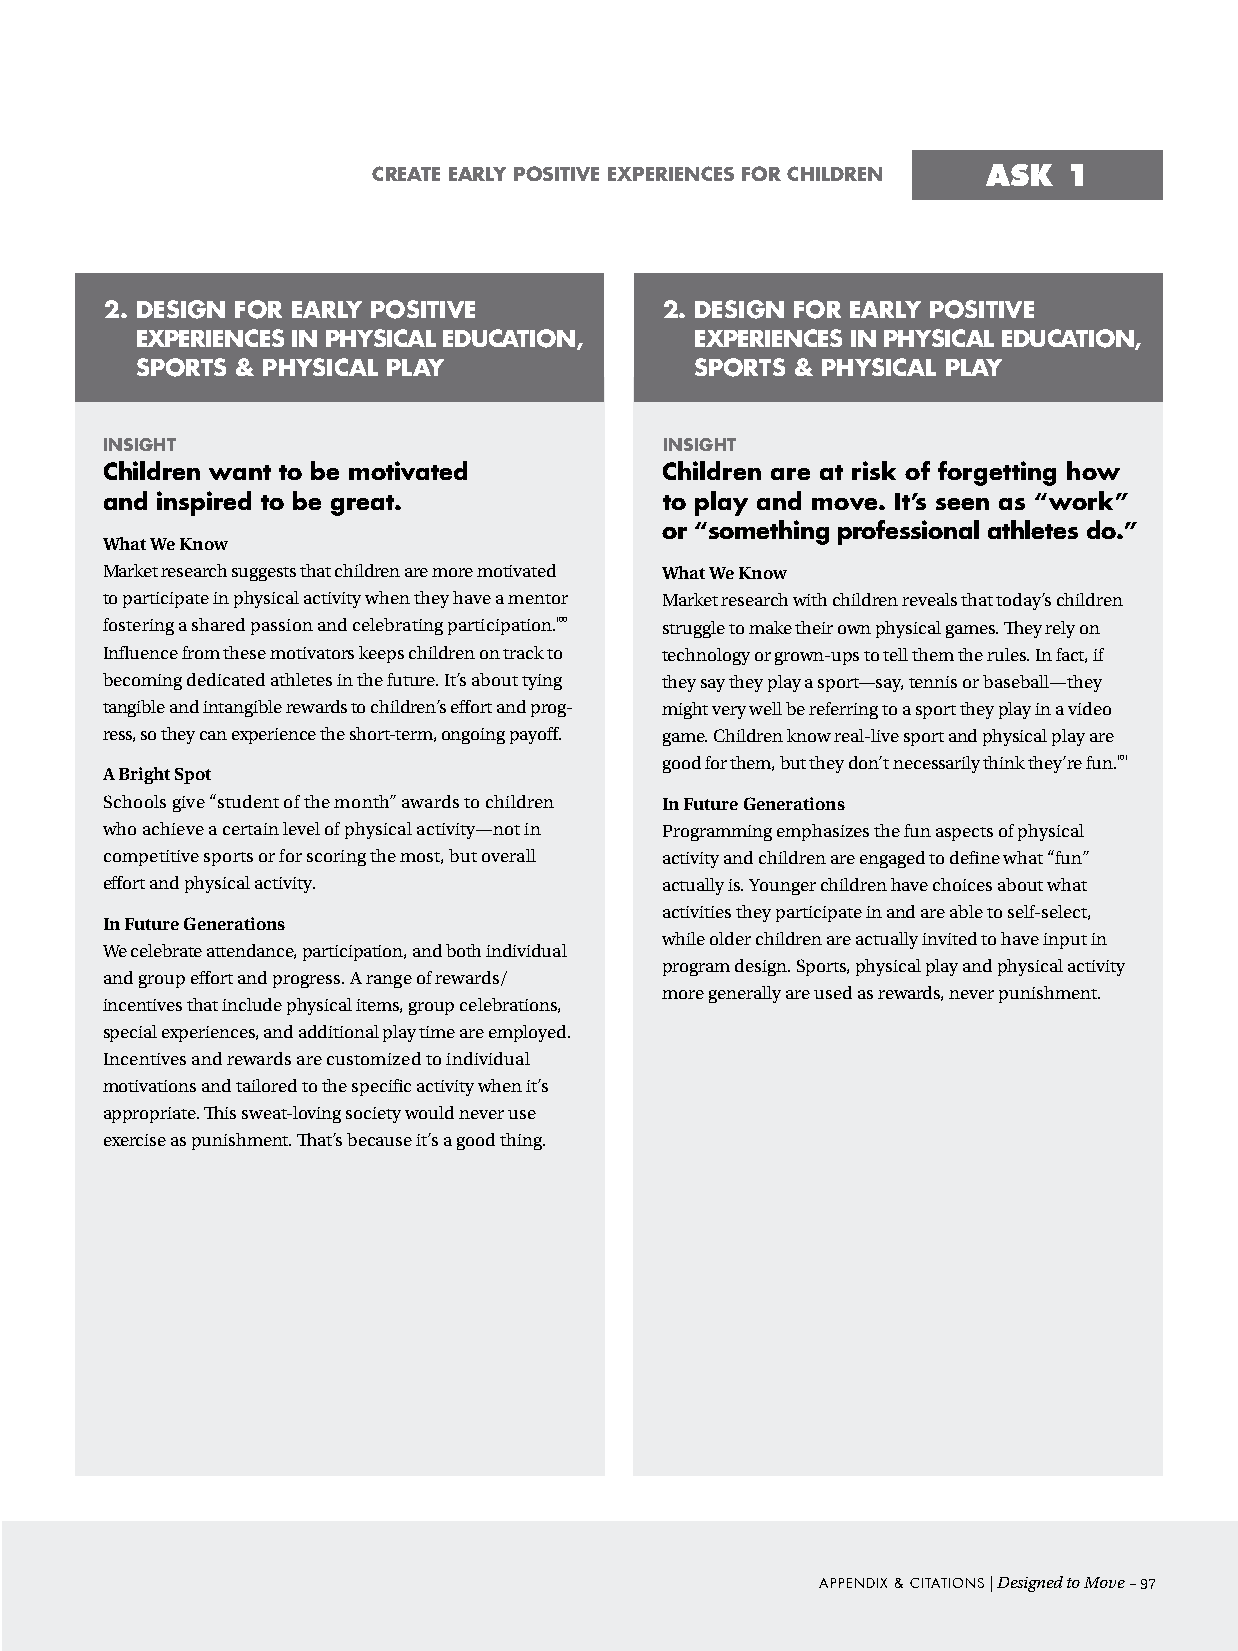
create early positive experiences For children ASK 1
 2. desiGn For early positive         2. desiGn For early positive
 experiences in physical edUcation,   experiences in physical edUcation,
 sports & physical play               sports & physical play
 insiGht                              insiGht
 children want to be motivated        children are at risk of forgetting how
 and inspired to be great.            to play and move. it’s seen as “work”
 or “something professional athletes do.”
 What We Know
 Market research suggests that children are more motivated What We Know
 to participate in physical activity when they have a mentor Market research with children reveals that today’s children
 fostering a shared passion and celebrating participation.100 struggle to make their own physical games. They rely on
 Influence from these motivators keeps children on track to technology or grown-ups to tell them the rules. In fact, if
 becoming dedicated athletes in the future. It’s about tying they say they play a sport—say, tennis or baseball—they
 tangible and intangible rewards to children’s effort and prog- might very well be referring to a sport they play in a video
 ress, so they can experience the short-term, ongoing payoff. game. Children know real-live sport and physical play are
 good for them, but they don’t necessarily think they’re fun.101
 A Bright Spot
 Schools give “student of the month” awards to children In Future Generations
 who achieve a certain level of physical activity—not in Programming emphasizes the fun aspects of physical
 competitive sports or for scoring the most, but overall activity and children are engaged to define what “fun”
 effort and physical activity.        actually is. Younger children have choices about what
 activities they participate in and are able to self-select,
 In Future Generations
 while older children are actually invited to have input in
 We celebrate attendance, participation, and both individual
 program design. Sports, physical play and physical activity
 and group effort and progress. A range of rewards/
 more generally are used as rewards, never punishment.
 incentives that include physical items, group celebrations,
 special experiences, and additional play time are employed.
 Incentives and rewards are customized to individual
 motivations and tailored to the specific activity when it’s
 appropriate. This sweat-loving society would never use
 exercise as punishment. That’s because it’s a good thing.
 Appendix & ciTATions | Designed to Move –97